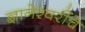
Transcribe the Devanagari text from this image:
ज्ञानेश्वरींचे